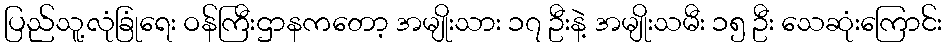
ပြည်သူ့လုံခြုံရေး ဝန်ကြီးဌာနကတော့ အမျိုးသား ၁၇ ဦးနဲ့ အမျိုးသမီး ၁၅ ဦး သေဆုံးကြောင်း